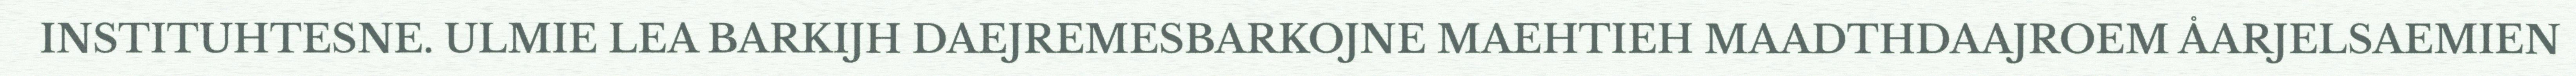
INSTITUHTESNE. ULMIE LEA BARKIJH DAEJREMESBARKOJNE MAEHTIEH MAADTHDAAJROEM ÅARJELSAEMIEN